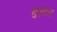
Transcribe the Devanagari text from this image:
गुज़टन